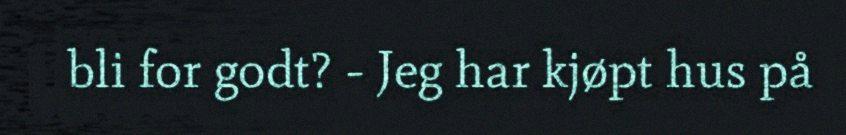
bli for godt? - Jeg har kjøpt hus på